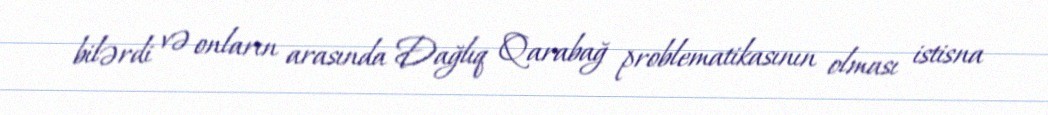
bilərdi və onların arasında Dağlıq Qarabağ problematikasının olması istisna